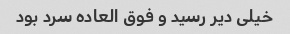
خیلی دیر رسید و فوق العاده سرد بود